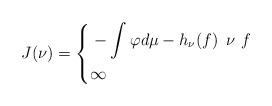
LaTeX: \begin{align*}\gathered J(\nu)=\left\{\aligned &-\int\varphi d\mu -h_\nu(f)\ \, \nu \, \, f\\&\infty\ \endaligned\right. \endgathered\end{align*}